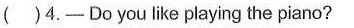
( )4.——Do youlike playing the piano?